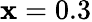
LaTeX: \mathbf{x}=0.3